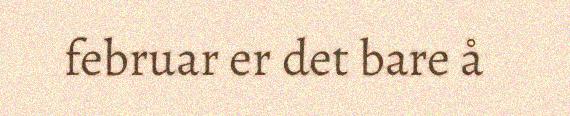
februar er det bare å